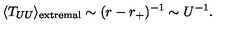
\langle T _ { U U } \rangle _ { \mathrm { e x t r e m a l } } \sim ( r - r _ { + } ) ^ { - 1 } \sim U ^ { - 1 } .